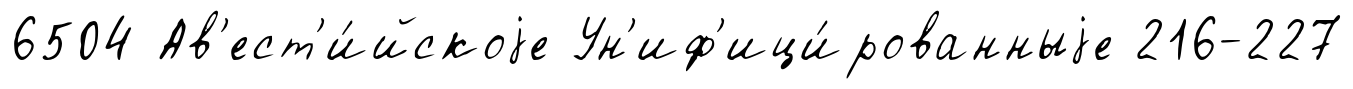
6504 Ав'ест'и́йскоjе Ун'иф'ици́рованныjе 216-227